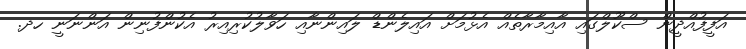
އަފީފުއްދީން ސްކޫލްގައި އާއިމާރާތެއް އެޅުމަށް އައިލެންޑް ލައިންނާއި ހަވާލުކުރިއިރު އެކުންފުނިން އަންނަނީ ހދ.